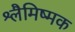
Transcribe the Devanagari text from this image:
श्लैमिष्मक